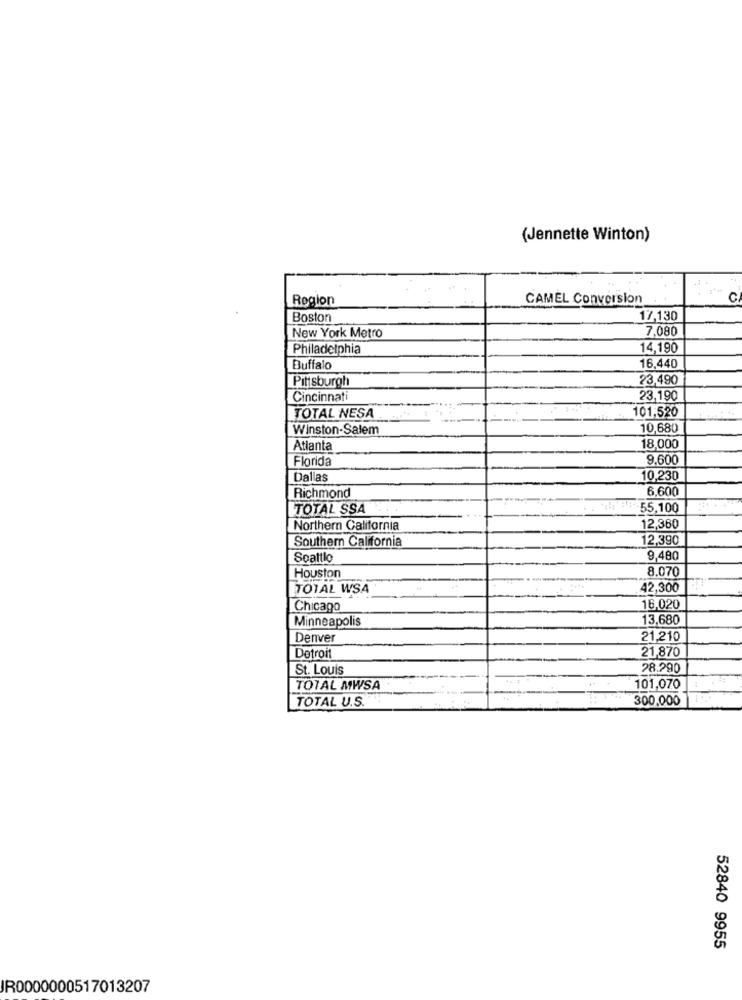
(Jennette Winton)
Region
CAMEL Conversion
Boston
17,130
New York Metro
7,080
Philadelphia
14,190
Buffalo
16,440
Pittsburgh
23,490
Cincinnati
23,190
101,520
TOTAL NESA
Winston-Salem
10,680
Atlanta
18,000
Florida
9.600
Dallas
10,230
6,600
Richmond
TOTAL SSA
-55,100
Northern California
12,360
Southern California
12,390
Soattlo
9,480
Houston
8.070
TOTAL WSA
42,300
Chicago
16,020
Minneapolis
13,680
Denver
21,210
21,870
Detroit
St. Louis
28.290
TOTAL MWSA
101,070
TOTAL U.S.
300,000
52840 9955
JR0000000517013207